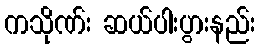
ကသိုဏ်း ဆယ်ပါးပွားနည်း